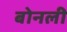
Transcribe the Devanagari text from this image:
बोनली